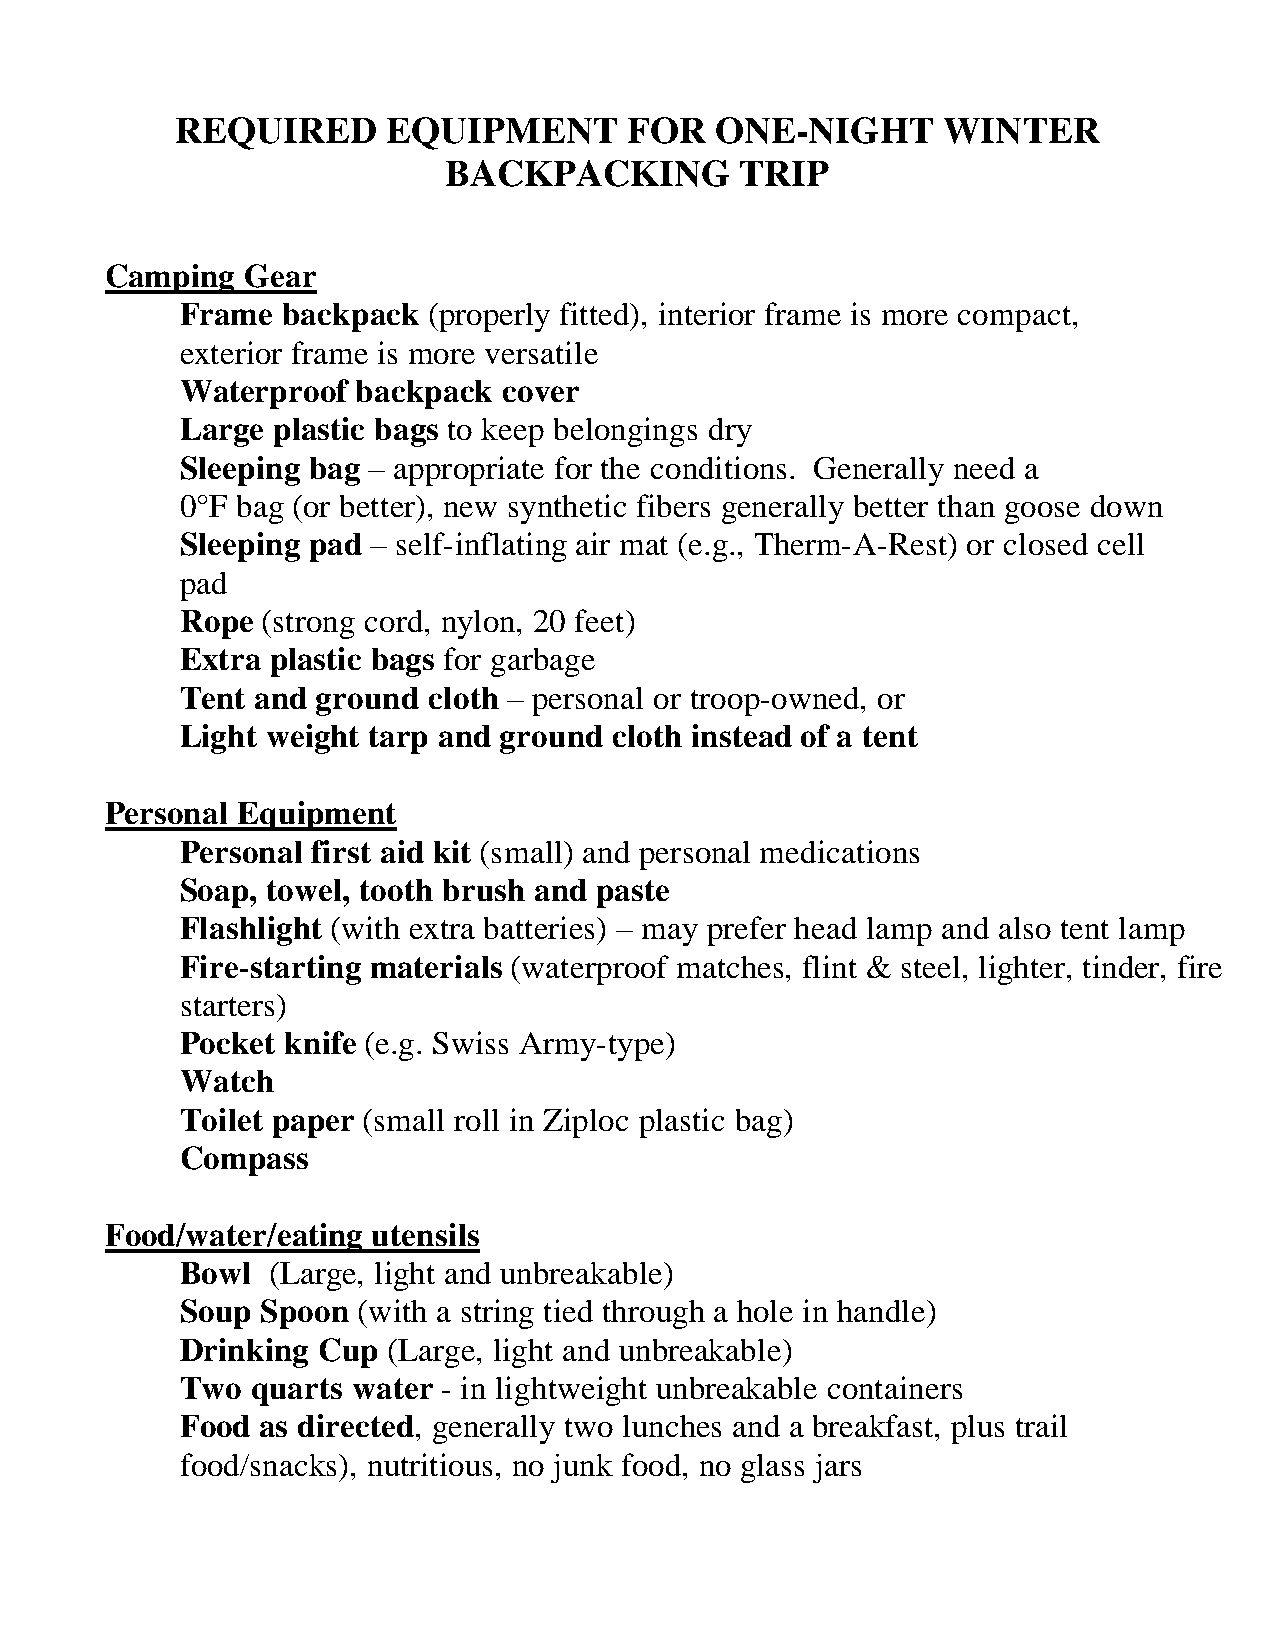
REQUIRED      EQUIPMENT      FOR   ONE-NIGHT      WINTER
 BACKPACKING         TRIP
 Camping  Gear
 Frame  backpack (properly fitted), interior frame is more compact,
 exterior frame is more versatile
 Waterproof  backpack cover
 Large plastic bags to keep belongings dry
 Sleeping bag – appropriate for the conditions. Generally need a
 0°F bag (or better), new synthetic fibers generally better than goose down
 Sleeping pad – self-inflating air mat (e.g., Therm-A-Rest) or closed cell
 pad
 Rope (strong cord, nylon, 20 feet)
 Extra plastic bags for garbage
 Tent and ground cloth – personal or troop-owned, or
 Light weight tarp and ground cloth instead of a tent
 Personal Equipment
 Personal first aid kit (small) and personal medications
 Soap, towel, tooth brush and paste
 Flashlight (with extra batteries) – may prefer head lamp and also tent lamp
 Fire-starting materials (waterproof matches, flint & steel, lighter, tinder, fire
 starters)
 Pocket knife (e.g. Swiss Army-type)
 Watch
 Toilet paper (small roll in Ziploc plastic bag)
 Compass
 Food/water/eating utensils
 Bowl  (Large, light and unbreakable)
 Soup Spoon  (with a string tied through a hole in handle)
 Drinking Cup  (Large, light and unbreakable)
 Two  quarts water - in lightweight unbreakable containers
 Food as directed, generally two lunches and a breakfast, plus trail
 food/snacks), nutritious, no junk food, no glass jars